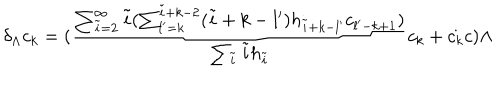
\delta _ { \Lambda } c _ { k } = ( \frac { \sum _ { \tilde { i } = 2 } ^ { \infty } \tilde { i } ( \sum _ { l ^ { \prime } = k } ^ { \tilde { i } + k - 2 } ( \tilde { i } + k - l ^ { \prime } ) h _ { \tilde { i } + k - l ^ { \prime } } c _ { l ^ { \prime } - k + 1 } ) } { \sum _ { \tilde { i } } \tilde { i } h _ { \tilde { i } } } c _ { k } + \dot { c _ { k } } c ) \Lambda